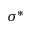
\sigma ^ { * }